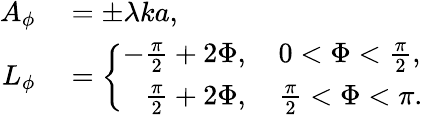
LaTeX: \begin{array}{rl}{A_{\phi}}&{{}=\pm\lambda ka,}\\ {L_{\phi}}&{{}=\left\{ \begin{array}{ll}{-\frac{\pi}{2}+2\Phi,\quad 0<\Phi<\frac{\pi}{2},}\\ {\phantom{+}\frac{\pi}{2}+2\Phi,\quad\frac{\pi}{2}<\Phi<\pi.}\end{array}\right.}\end{array}